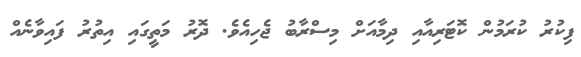
ފިކުރު ކުރަމުން ކޮޓަރިއާއި ދިމާއަށް މިސްރާބު ޖެހިއެވެ. ދޮރު މަތީގައި އިތުރު ފައިވާނެއް